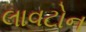
લાવટોન